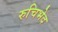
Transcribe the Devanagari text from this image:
रुचिभेद